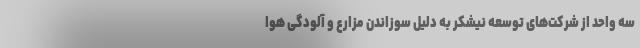
سه واحد از شرکت‌های توسعه نیشکر به دلیل سوزاندن مزارع و آلودگی هوا